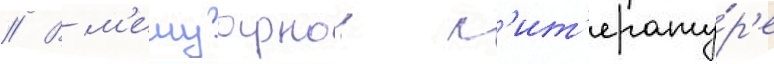
// В м'емуарнои л'ит'ерату́р'е